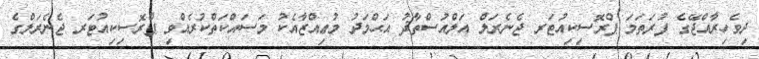
ދިވެހިރާއްޖޭގެ ފުރަތަމަ ޕްރޮސިކިއުޓަރ ޖެނެރަލް އަލްއުސްތާޛު އަޙްމަދު މުޢިއްޒާއެކު މަސައްކަތްކުރެއްވި ޕްރޮސިކިއުޓަރ ޖެނެރަލްގެ